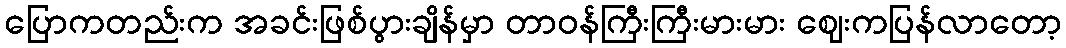
ပြောကတည်းက အခင်းဖြစ်ပွားချိန်မှာ တာဝန်ကြီးကြီးမားမား ဈေးကပြန်လာတော့